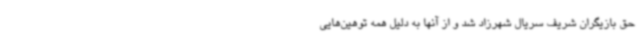
حق بازیگران شریف سریال شهرزاد شد و از آنها به دلیل همه توهین‌هایی